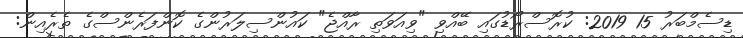
ޑިސެމްބަރު 15 2019: ކުރޮސްރޯޑުގައި ބޭއްވި "ވިއަވަތި ރާއްޖެ" ކައުންސިލަރުންގެ ކޮންފަރެންސްގެ ތެރެއިން: